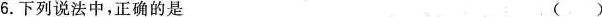
6.下列说法中，正确的是 ()